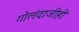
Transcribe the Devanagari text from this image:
गोलंदाजीही